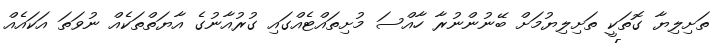
ތަށިލިޔާ ގޮތަކީ ތަށިލިޔުމަށް ބޭނުންނުރާ ހާއްސަ މުށިތައްޓެއްގައި ގުރުއާނުގެ އާޔަތްތަކެއް ނުވަތަ އަކައެއް